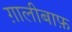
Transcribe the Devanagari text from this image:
ग़ालीबाफ़